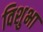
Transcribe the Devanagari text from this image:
विशुभा